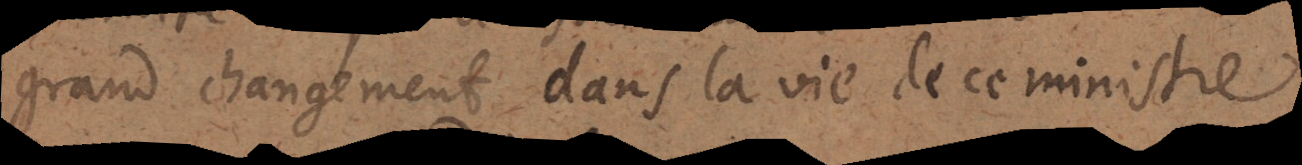
grand changement dans la vie de ce ministre